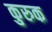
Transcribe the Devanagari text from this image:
कुरुक